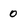
Character: 0